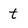
Character: t